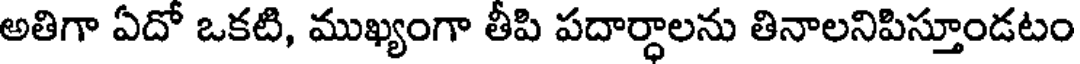
అతిగా ఏదో ఒకటి, ముఖ్యంగా తీపి పదార్ధాలను తినాలనిపిస్తూండటం